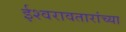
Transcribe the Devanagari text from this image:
ईश्वरावतारांच्या